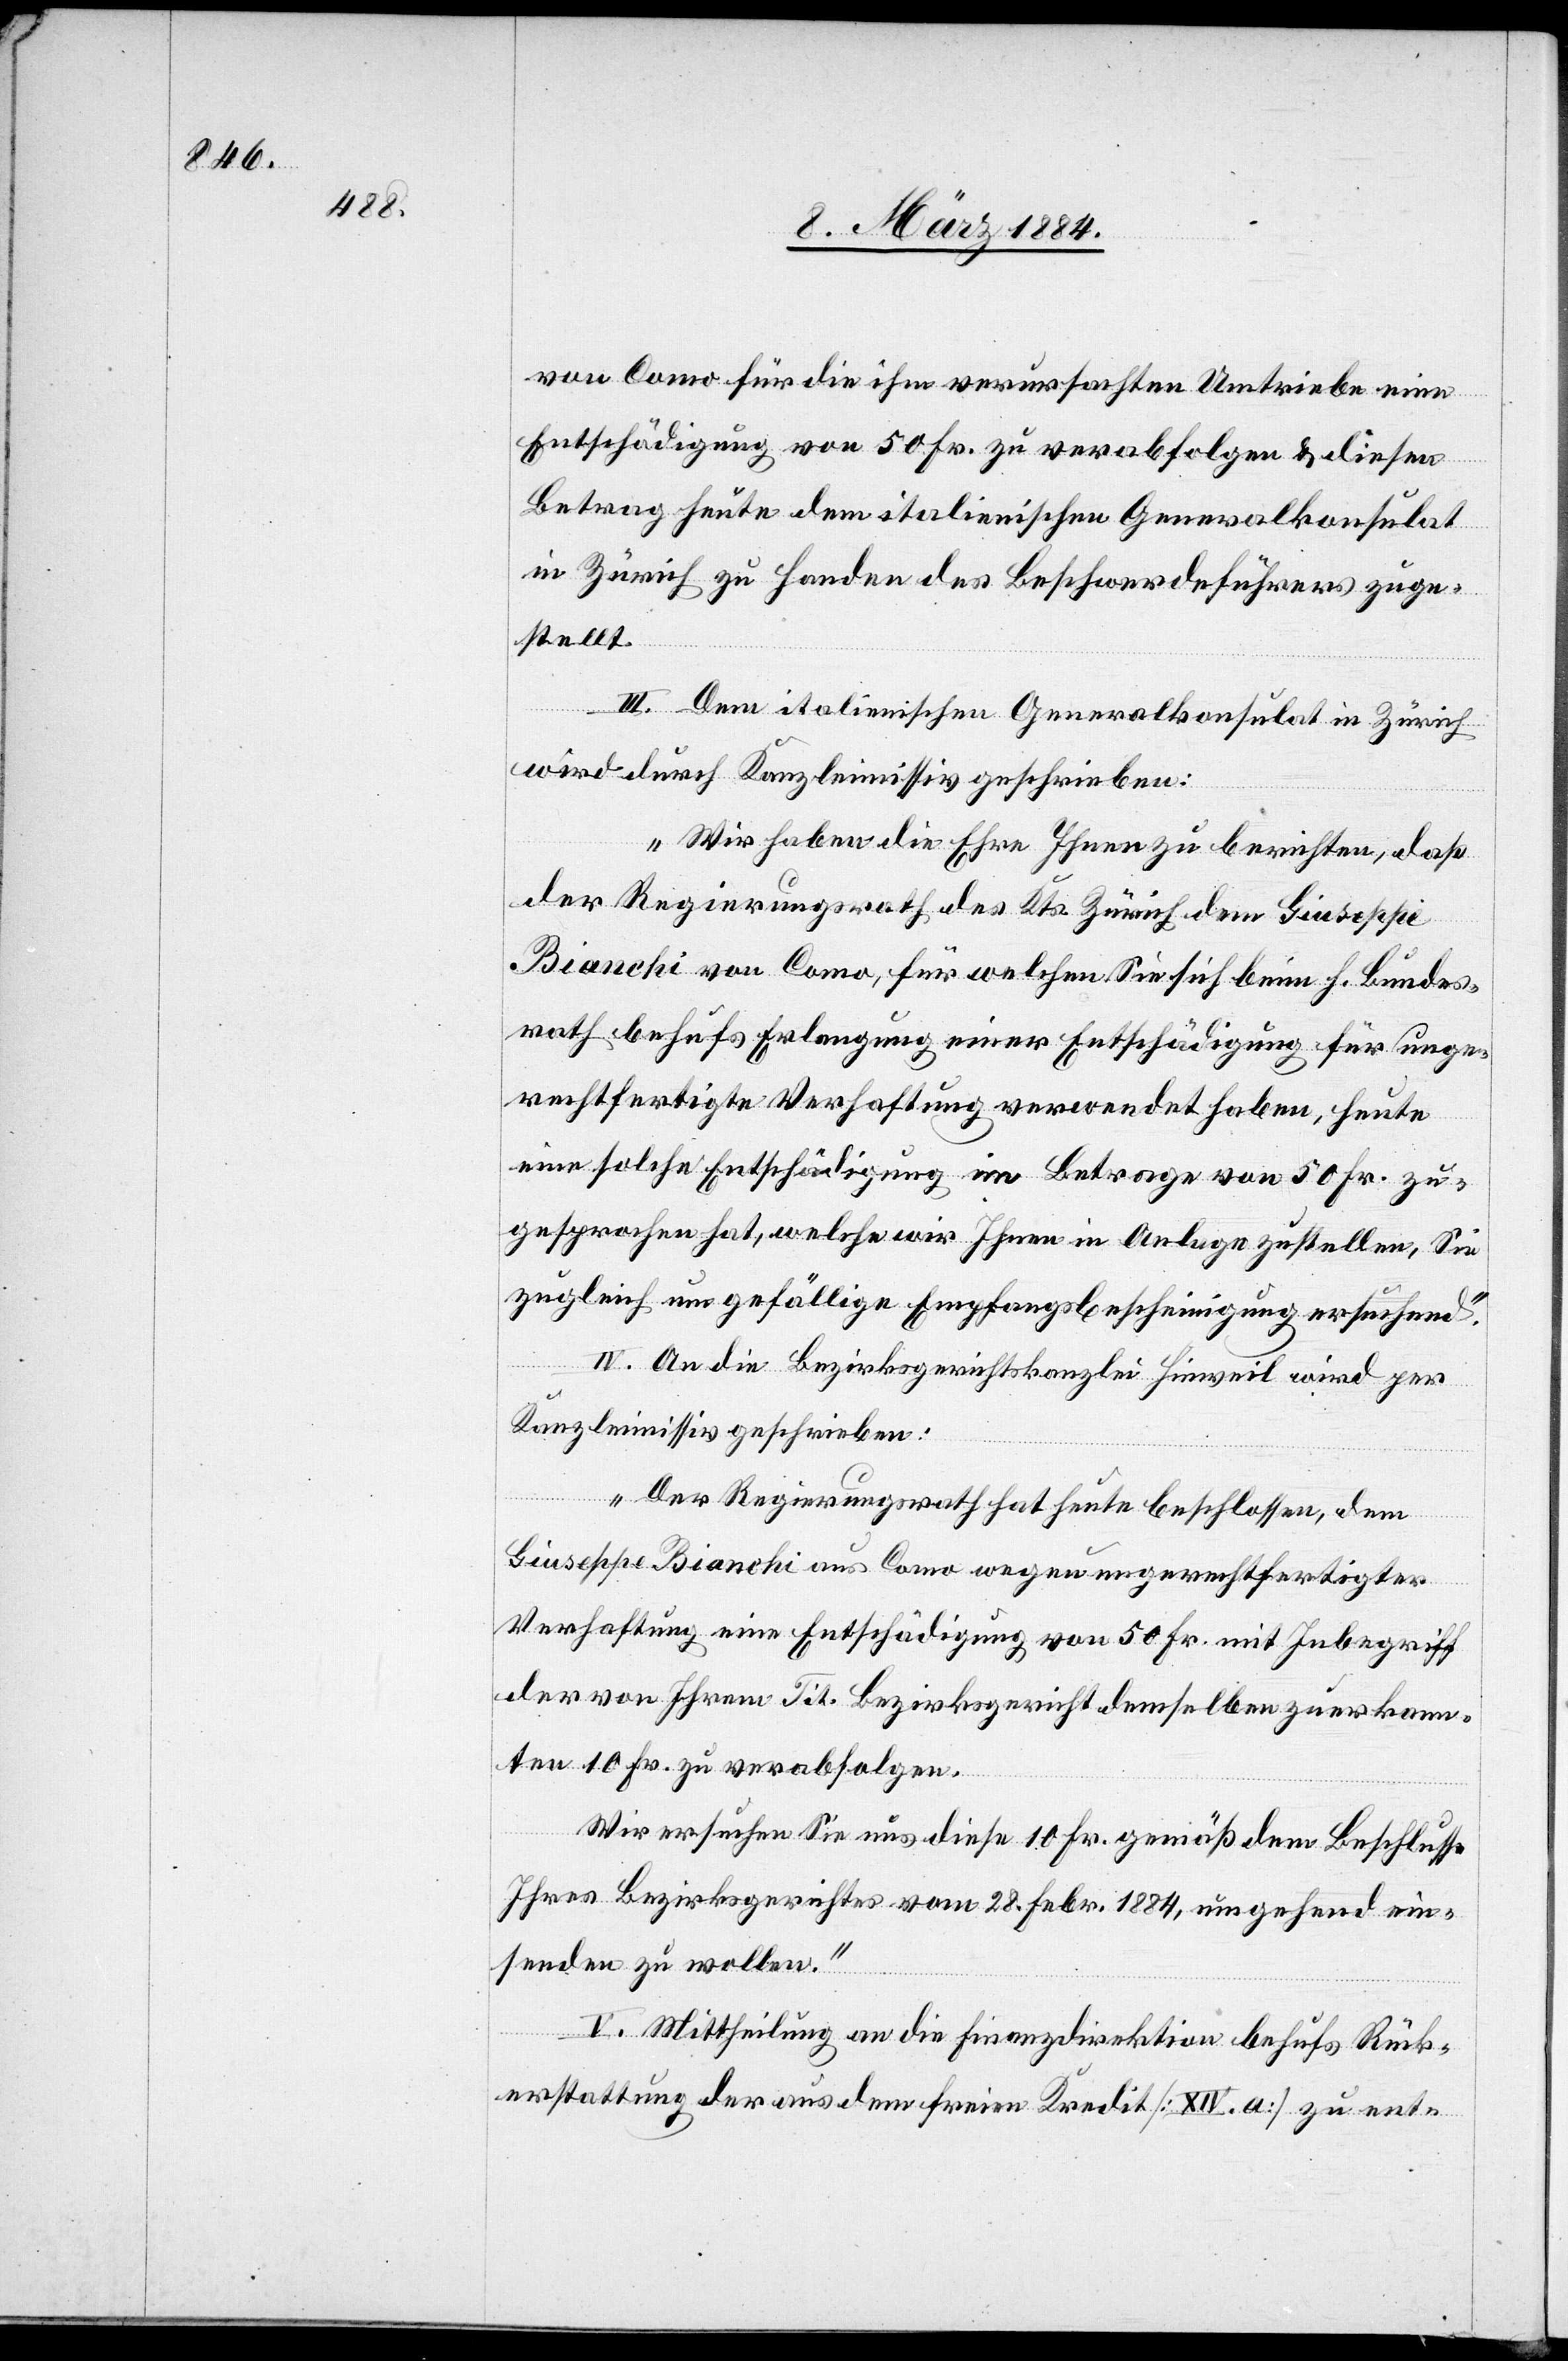
von Como für die ihm verursachten Umtriebe eine
Entschädigung von 50 Fr. zu verabfolgen & diesen
Betrag heute dem italienischen Generalkonsulat
in Zürich zu Handen des Beschwerdeführers zuge¬
stellt.
III. Dem italienischen Generalkonsulat in Zürich
wird durch Kanzleimissiv geschrieben:
„Wir haben die Ehre Ihnen zu berichten, daß
der Regierungsrath des Kts. Zürich dem Giuseppe
Bianchi von Como, für welchen Sie sich beim h. Bundes¬
rath behufs Erlangung einer Entschädigung für unge¬
eine solche Entschädigung im Betrage von 50 Fr. zu¬
gesprochen hat, welche wir Ihnen in Anlage zustellen, Sie
zugleich um gefällige Empfangsbescheinigung ersuchend.“
IV. An die Bezirksgerichtskanzlei Hinweil wird per
Kanzleimissiv geschrieben:
„Der Regierungsrath hat heute beschlossen, dem
det haben,
Giuseppe Bianchi aus Como wegen ungerechtfertigter
Verhaftung eine Entschädigung von 50 Fr. mit Inbegriff
der von Ihrem Tit. Bezirksgericht demselben zuerkann¬
ten 10 Fr. zu verabfolgen.
Wir ersuchen Sie uns diese 10 Fr. gemäß dem Beschlusse
Ihres Bezirksgerichtes vom 28. Febr. 1884, umgehend ein¬
senden zu wollen.“
V. Mittheilung an die Finanzdirektion behufs Rück¬
erstattung der aus dem freien Kredit [XIV. a] zu ent-